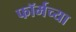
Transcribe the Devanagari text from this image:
फॉर्मच्या